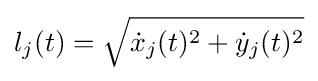
l_{j}(t)={\sqrt {{\dot {x}}_{j}(t)^{2}+{\dot {y}}_{j}(t)^{2}}}